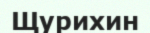
Щурихин